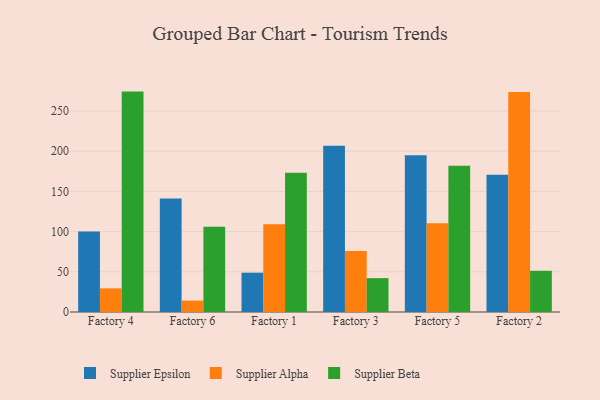
{"axis": {"x": "Factory", "y": "Operating Costs (USD K)"}, "legend": ["Supplier Alpha", "Supplier Beta", "Supplier Epsilon"], "data": [{"x": "Factory 4", "y": 100.1, "type": "Supplier Epsilon"}, {"x": "Factory 4", "y": 29.4, "type": "Supplier Alpha"}, {"x": "Factory 4", "y": 274.2, "type": "Supplier Beta"}, {"x": "Factory 6", "y": 141.1, "type": "Supplier Epsilon"}, {"x": "Factory 6", "y": 14.2, "type": "Supplier Alpha"}, {"x": "Factory 6", "y": 106.0, "type": "Supplier Beta"}, {"x": "Factory 1", "y": 48.9, "type": "Supplier Epsilon"}, {"x": "Factory 1", "y": 109.3, "type": "Supplier Alpha"}, {"x": "Factory 1", "y": 173.3, "type": "Supplier Beta"}, {"x": "Factory 3", "y": 206.9, "type": "Supplier Epsilon"}, {"x": "Factory 3", "y": 75.9, "type": "Supplier Alpha"}, {"x": "Factory 3", "y": 42.1, "type": "Supplier Beta"}, {"x": "Factory 5", "y": 195.0, "type": "Supplier Epsilon"}, {"x": "Factory 5", "y": 110.4, "type": "Supplier Alpha"}, {"x": "Factory 5", "y": 181.8, "type": "Supplier Beta"}, {"x": "Factory 2", "y": 170.8, "type": "Supplier Epsilon"}, {"x": "Factory 2", "y": 273.7, "type": "Supplier Alpha"}, {"x": "Factory 2", "y": 51.3, "type": "Supplier Beta"}]}